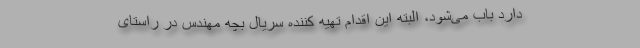
دارد باب می‌شود، البته این اقدام تهیه کننده سریال بچه مهندس در راستای